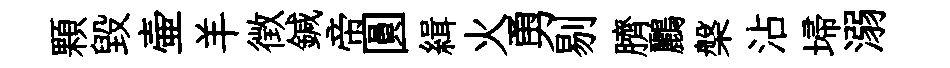
顆毁壷羊徴鍼帝圓緝火勇剔臍鸝槃沾埽溺